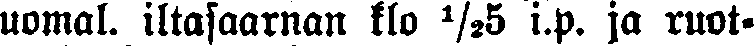
uomal. iltasaarnan klo ½5 i.p. ja ruot-